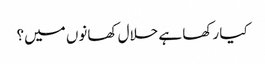
کیا رکھا ہے حلال کھانوں میں؟